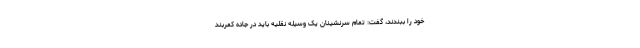
خود را ببندند، گفت:‌ تمام سرنشینان یک وسیله نقلیه باید در جاده کمربند